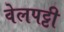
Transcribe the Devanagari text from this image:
वेलपट्टी